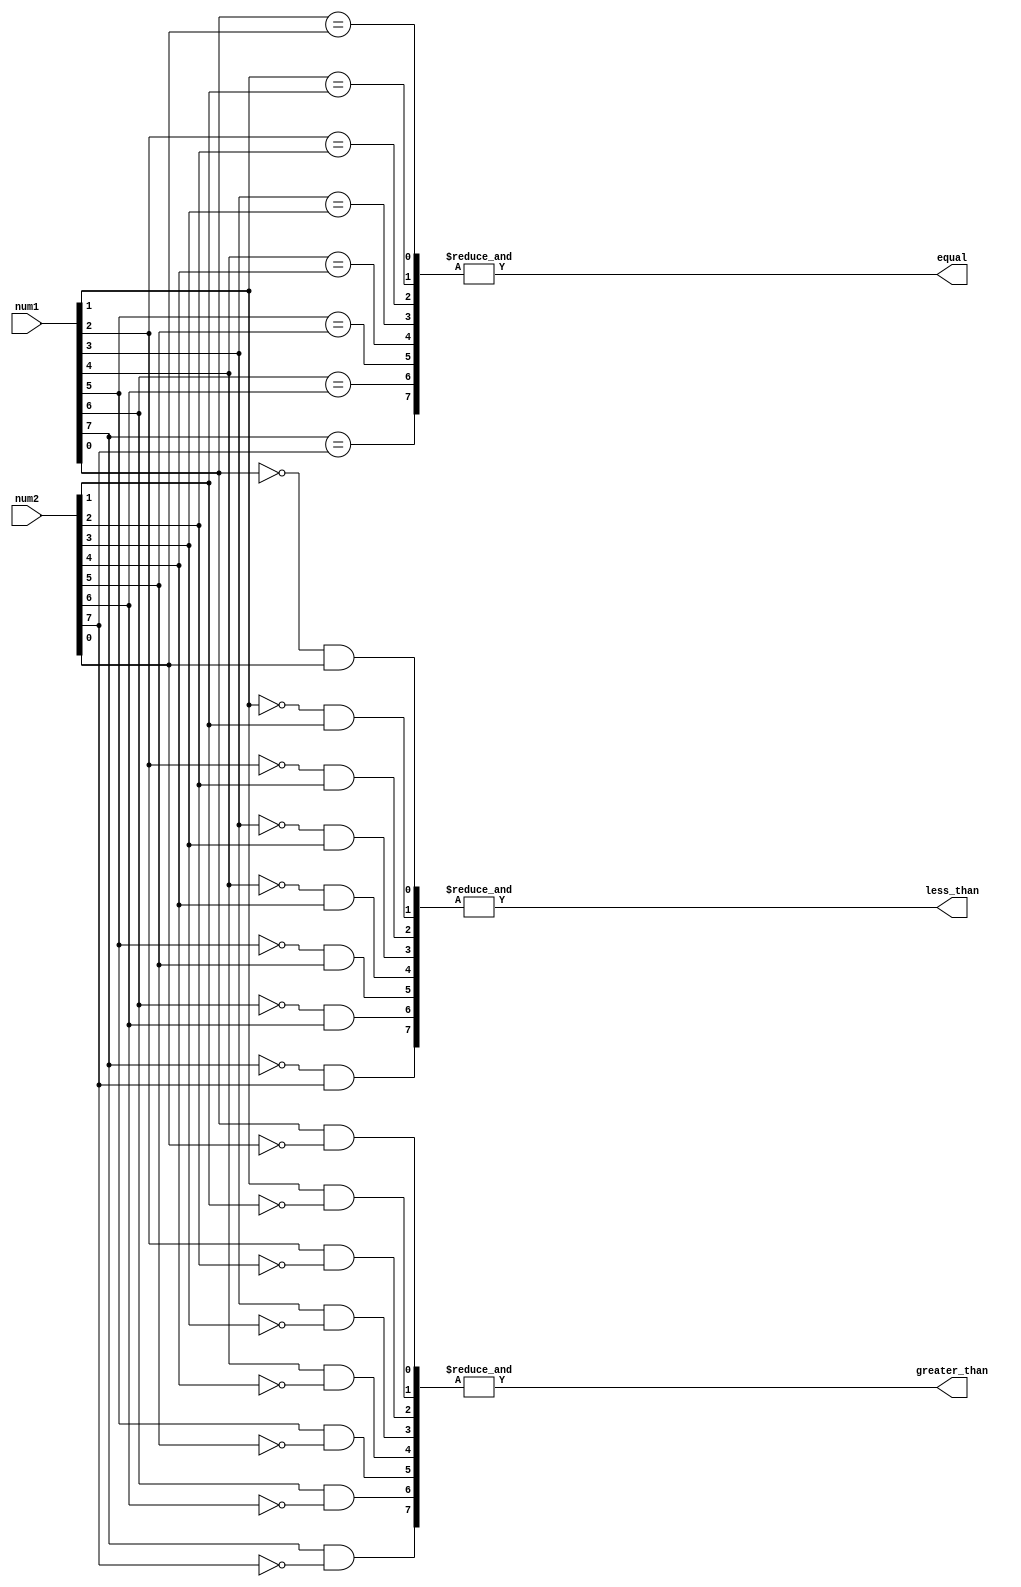
module serial_comparator(
    input [7:0] num1,
    input [7:0] num2,
    output equal,
    output less_than,
    output greater_than
);

wire [7:0] equal_result;
wire [7:0] less_than_result;
wire [7:0] greater_than_result;

assign equal = &equal_result; 
assign less_than = &less_than_result; 
assign greater_than = &greater_than_result;

genvar i;
generate
    for(i=0; i<8; i=i+1) begin
        assign equal_result[i] = (num1[i] == num2[i]);
        assign less_than_result[i] = (~num1[i] & num2[i]);
        assign greater_than_result[i] = (num1[i] & ~num2[i]);
    end
endgenerate

endmodule